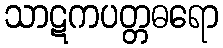
သာဋကပတ္တဓရော